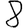
Digit: 8